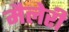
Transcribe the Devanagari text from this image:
मैलेरी